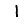
Digit: 1